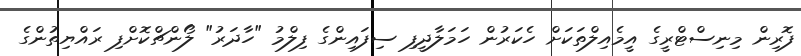
ފޮރިން މިނިސްޓްރީގެ އީމެއިލްތަކަށް ހެކަރުން ހަމަލާދީފި ސިފައިންގެ ފިލްމު "ހާދަރު" ލޯންޗްކޮށްފި ރައްޔިތުންގެ